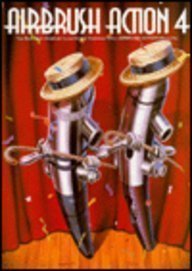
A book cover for Airbrush Action 4 (No.4); Rockport Publishing; Arts & Photography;